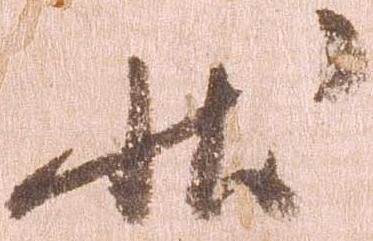
状